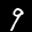
Label: 9